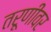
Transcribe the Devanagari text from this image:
तरूणींवर